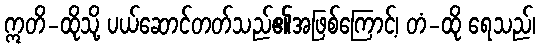
ဣတိ-ထိုသို့ ပယ်ဆောင်တတ်သည်၏အဖြစ်ကြောင့်၊ တံ-ထို ရေသည်၊